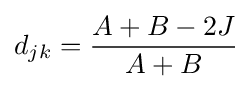
d_{jk}={\frac {A+B-2J}{A+B}}